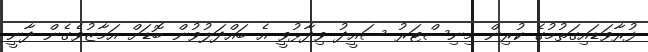
ފުރާވަޑައިގަތުމުގެ ކުރިން މިނިސްޓަރު ސައީދު ވިދާޅުވީ އެ ބައްދަލުވުން ބޮޑަށް އަމާޒުވެގެން ދާނީ